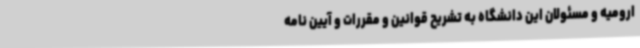
ارومیه و مسئولان این دانشگاه به تشریح قوانین و مقررات و آیین نامه